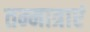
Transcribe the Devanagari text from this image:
तन्मात्राएं